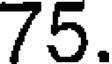
75.